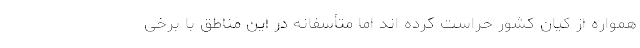
همواره از کیان کشور حراست کرده اند اما متأسفانه در این مناطق با برخی